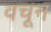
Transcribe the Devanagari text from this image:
वचून